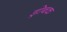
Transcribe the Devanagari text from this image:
ड्रोबक